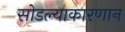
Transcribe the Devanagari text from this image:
सोडल्याकारणान